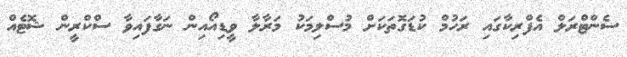
ސެންޓްރަލް އެފްރިކާގައި ރަހުމް ކުޑަގޮތަކަށް މުސްލިމަކު މަރާލާ ވީޑިއޯއިން ނަގާފައިވާ ސްކްރީން ޝޮޓެއް